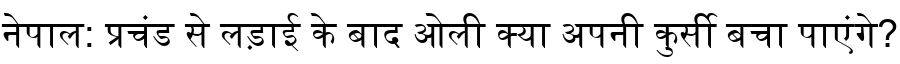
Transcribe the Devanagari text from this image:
नेपाल: प्रचंड से लड़ाई के बाद ओली क्या अपनी कुर्सी बचा पाएंगे?